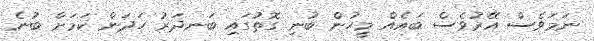
ނަމަވެސް އޭރުވެސް ބައެއް މީހުން ބުނި ގޮތުގައި ބަނދަރު ހަދަން ކަމަށް ބުނެ